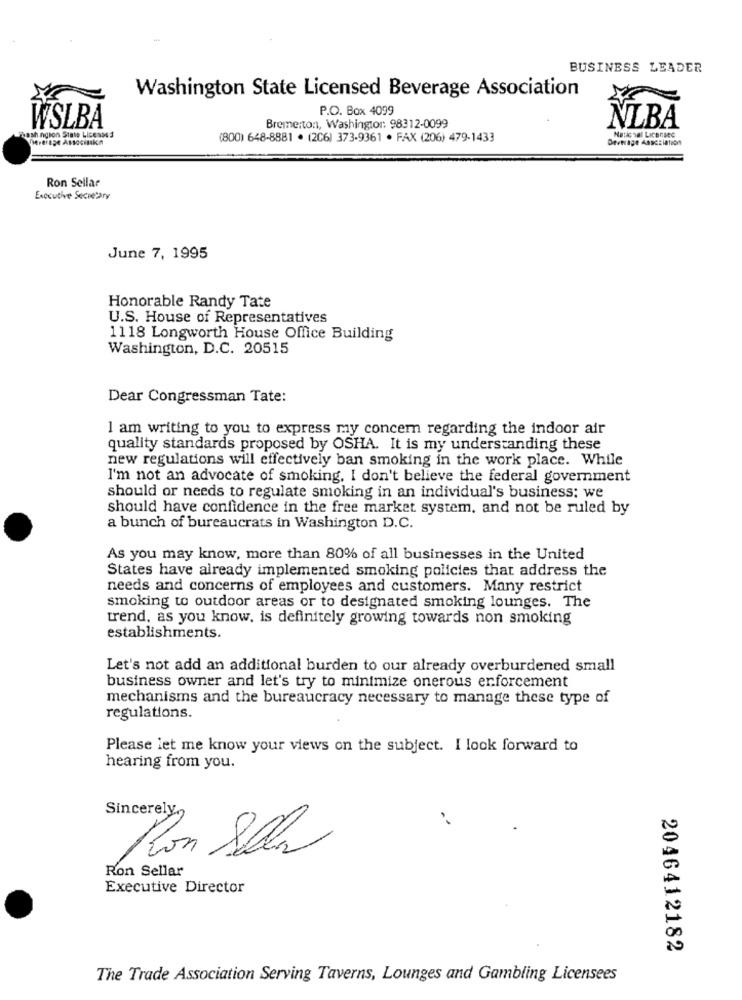
BUSINESS LEADER
Washington State Licensed Beverage Association
P.O. Box 4099
WSLBA
Bremerton, Washington: 98312-0099
NLBA
washington State Licenses
Dereinge Associakn
(800) 648-8881 . (206) 373-9361 · FAX (206) 479-1433
Deverage Assoziation
National Licensee
Ron Sellar
Executive Secretary
June 7, 1995
Honorable Randy Tate
U.S. House of Representatives
1118 Longworth House Office Building
Washington, D.C. 20515
Dear Congressman Tate:
I am writing to you to express my concern regarding the indoor air
quality standards proposed by OSHA. It is my understanding these
new regulations will effectively ban smoking in the work place. While
I'm not an advocate of smoking. I don't believe the federal government
should or needs to regulate smoking in an individual's business: we
should have confidence in the free market system, and not be ruled by
a bunch of bureaucrats in Washington D.C.
As you may know, more than 80% of all businesses in the United
States have already implemented smoking policies that address the
needs and concerns of employees and customers. Many restrict
smoking to outdoor areas or to designated smoking lounges. The
trend, as you know, is definitely growing towards non smoking
establishments.
Let's not add an additional burden to our already overburdened small
business owner and let's try to minimize onerous erforcement
mechanisms and the bureaucracy necessary to manage these type of
regulations.
Please let me know your views on the subject. I look forward to
hearing from you.
Sincerely,
Ron Selv
Ron Sellar
Executive Director
2046412182
The Trade Association Serving Taverns, Lounges and Gambling Licensees